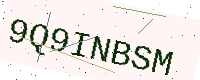
Text: 9Q9INBSM